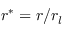
r ^ { * } = r / r _ { l }